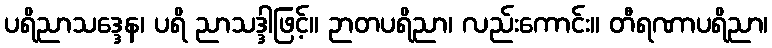
ပရိညာသဒ္ဒေန၊ ပရိ ညာသဒ္ဒါဖြင့်။ ဉာတပရိညာ၊ လည်းကောင်း။ တီရဏာပရိညာ၊